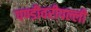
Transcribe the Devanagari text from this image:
पण्डीवरीपल्ली